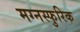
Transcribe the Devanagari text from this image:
मग्नस्फुरिक